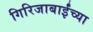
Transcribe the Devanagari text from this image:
गिरिजाबाईंच्या